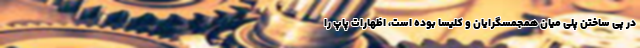
در پی ساختن پلی میان همجمسگرایان و کلیسا بوده است، اظهارات پاپ را